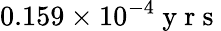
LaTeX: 0.159\times 10^{-4}\mathrm{~y~r~s~}